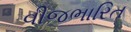
વીજભારિત